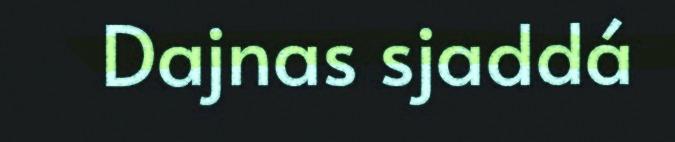
Dajnas sjaddá